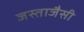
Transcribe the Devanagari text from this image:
जस्ताजैसी